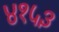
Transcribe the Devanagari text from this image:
४१५३